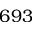
6 9 3